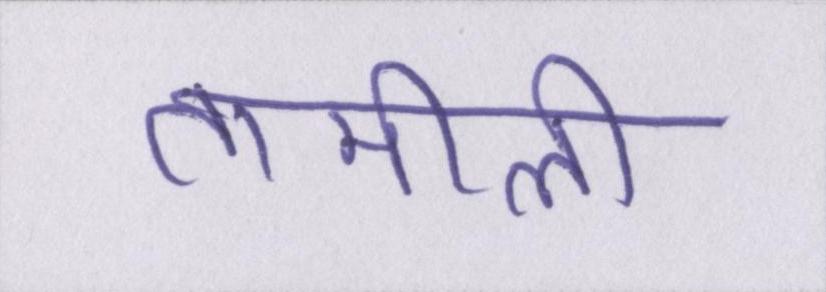
तामीली